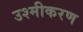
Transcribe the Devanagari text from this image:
उश्मीकरण